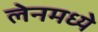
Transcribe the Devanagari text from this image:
लेनमध्ये